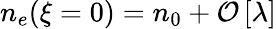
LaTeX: \begin{array}{r}{n_{e}(\xi=0)=n_{0}+\mathcal{O}\left[\lambda\right]}\end{array}